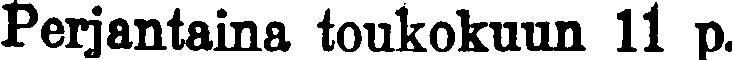
Perjantaina toukokuun 11 p.